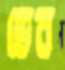
ভেব